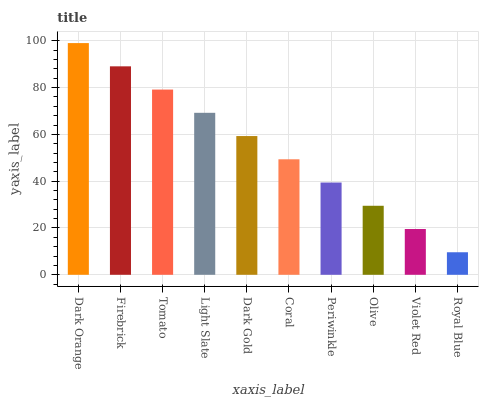
| xaxis_label | bars |
 | --- | --- |
 | Dark Orange | 99 |
 | Firebrick | 89.1 |
 | Tomato | 79.1 |
 | Light Slate | 69.2 |
 | Dark Gold | 59.3 |
 | Coral | 49.4 |
 | Periwinkle | 39.4 |
 | Olive | 29.5 |
 | Violet Red | 19.6 |
 | Royal Blue | 9.63 |